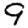
Digit: 9